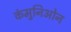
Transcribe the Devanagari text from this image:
कंमुनिओन